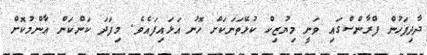
ދާދިފަހުން ފްރާންސްގައި ވަނީ މިޔުޒިކް ކުޅޭތަނަކަށް ހޮނު އަޅައިފައެވެ. މިފަދަ ކަންކަން ޢާންމުކޮށް